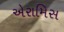
એરામિસ